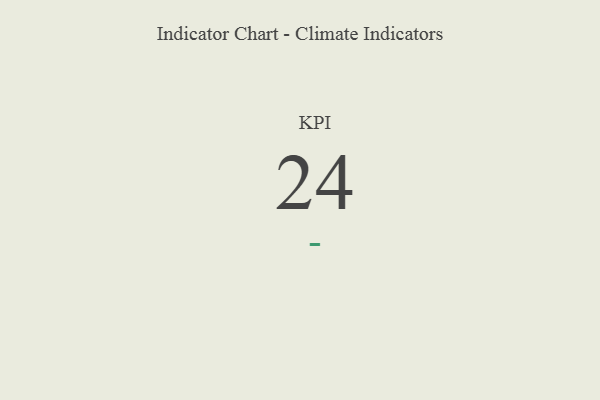
{"axis": {"x": "KPI", "y": "Value"}, "legend": [""], "data": [{"x": "KPI", "y": 24, "type": ""}]}